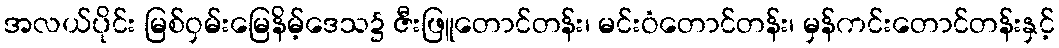
အလယ်ပိုင်း မြစ်ဝှမ်းမြေနိမ့်ဒေသ၌ ဇီးဖြူတောင်တန်း၊ မင်းဝံတောင်တန်း၊ မှန်ကင်းတောင်တန်းနှင့်